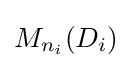
M_{n_{i}}(D_{i})